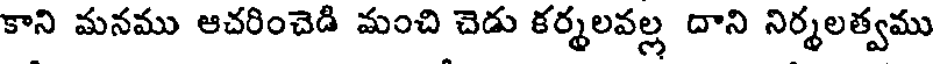
కాని మనము ఆచరించెడి మంచి చెడు కర్మలవల్ల దాని నిర్మలత్వము